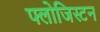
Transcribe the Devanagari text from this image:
फ्लोजिस्टन